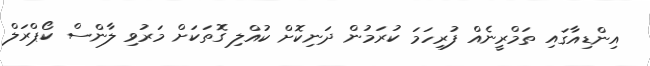
އިންޑިއާގައި ތަމްރީނެއް ފުރިހަމަ ކުރަމުން ދަނިކޮށް ކުއްލި ގޮތަކަށް މަރުވި ލާންސް ކޯޕްރަލް